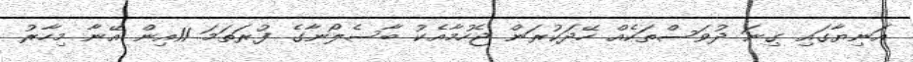
އަނިޔާގައި ގިނަ ދުވަސްތަކެއް ހޭދަކުރަން ޖެހުމާއެކު ބާސެލޯނާގެ ފުރަތަމަ 11އިން އޭނާ މިހާރު